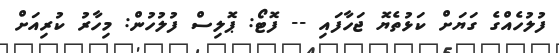
ފުލުހެއްގެ ގަޔަށް ކަޅުތެޔޮ ޖަހާފައި -- ފޮޓޯ: ޕޮލިސް ފުލުހުން: މިހާރު ކުރިއަށް